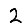
Digit: 2